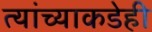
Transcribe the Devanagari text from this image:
त्यांच्याकडेही